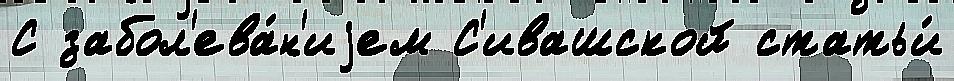
С забол'ева́н'иjем С'ивашской статьи́